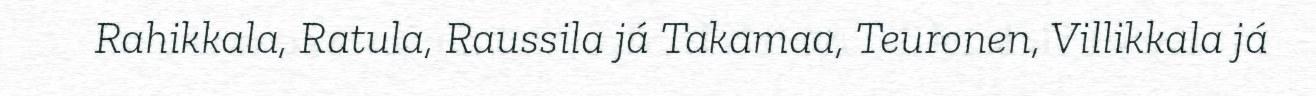
Rahikkala, Ratula, Raussila já Takamaa, Teuronen, Villikkala já